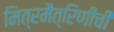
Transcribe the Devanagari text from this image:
मित्रमैत्रिणींची